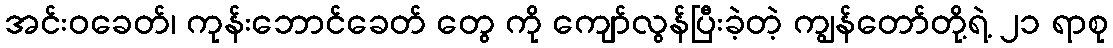
အင်းဝခေတ်၊ ကုန်းဘောင်ခေတ် တွေ ကို ကျော်လွန်ပြီးခဲ့တဲ့ ကျွန်တော်တို့ရဲ့ ၂၁ ရာစု